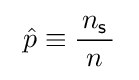
\ {\hat {p}}\equiv {\frac {\!\ n_{\mathsf {s}}\!\ }{n}}\